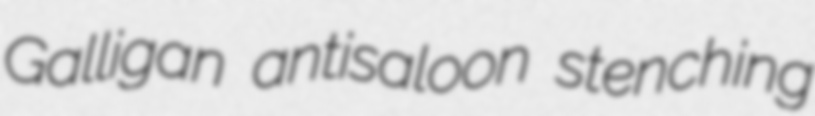
Galligan antisaloon stenching